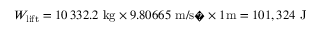
W _ { \mathrm { { l i f t } } } = 1 0 \, 3 3 2 . 2 ~ { \mathrm { k g } } \times 9 . 8 0 6 6 5 ~ { \mathrm { m / s � } } \times 1 { \mathrm { m } } = 1 0 1 , 3 2 4 { \mathrm { ~ J } }